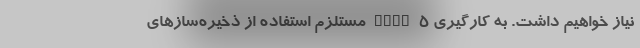
نیاز خواهیم داشت. به کارگیری RAID 5 مستلزم استفاده از ذخیره‌سازهای